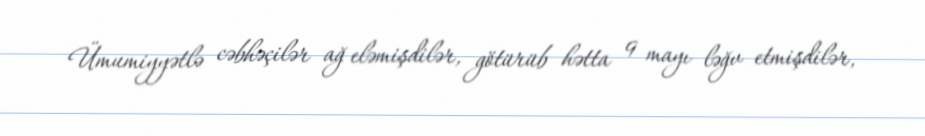
Ümumiyyətlə cəbhəçilər ağ eləmişdilər, götürüb hətta 9 mayı ləğv etmişdilər,